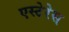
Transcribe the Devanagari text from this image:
एस्टेरेस